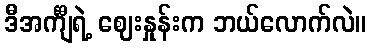
ဒီအင်္ကျီရဲ့ ဈေးနှုန်းက ဘယ်လောက်လဲ။